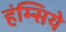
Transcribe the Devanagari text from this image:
हंम्सिये